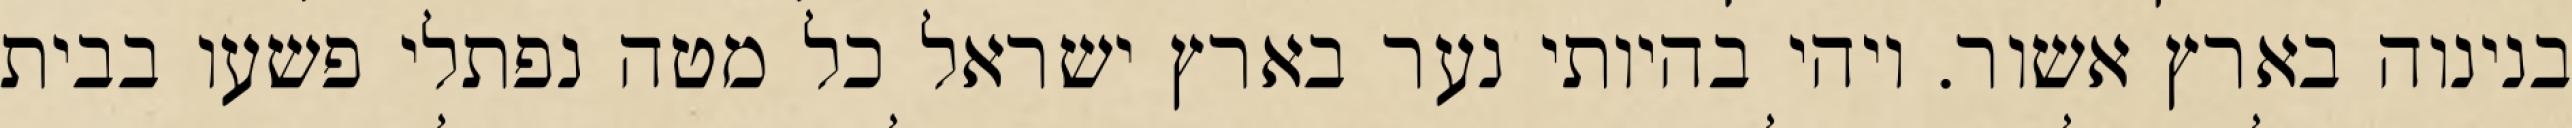
בנינוה בארץ אשור. ויהי בהיותי נער בארץ ישראל כל מטה נפתלי פשעו בבית